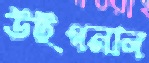
উইগনাল